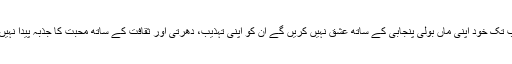
احمد رضا وٹو اور اس جیسی سوچ رکھنے والے لوگوں کا ماننا ہے کہ ”پنجاب کے لوگ جب تک خود اپنی ماں بولی پنجابی کے ساتھ عشق نہیں کریں گے ان کو اپنی تہذیب، دھرتی اور ثقافت کے ساتھ محبت کا جذبہ پیدا نہیں ہوگا اور نہ ہی وہ سندھ اور بلوچستان میں قومپرستی کے اصل احساس کو سمجھ سکیں گے۔